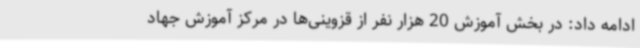
ادامه داد: در بخش آموزش 20 هزار نفر از قزوینی‌ها در مرکز آموزش جهاد